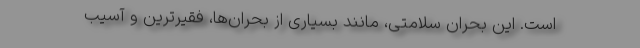
است. این بحران سلامتی، مانند بسیاری از بحران‌ها، فقیرترین و آسیب‌